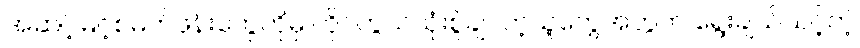
အဆင့်မြင့်စမတ်ဖုန်းတွေကိုမှ ကိုင်တွယ်သုံးစွဲချင်တဲ့သူတွေအတွက် ရွေးချယ်သင့်တဲ့